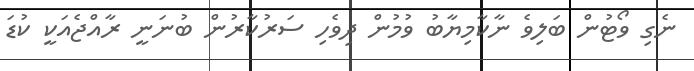
ނެގި ވޯޓުން ބަލިވެ ނާކާމިޔާބު ވުމުން ދިވެހި ސަރުކާރުން ބުނަނީ ރާއްޖެއަކީ ކުޑަ